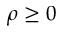
\rho \geq 0